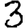
Digit: 3